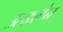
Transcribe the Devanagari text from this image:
उत्कलेन